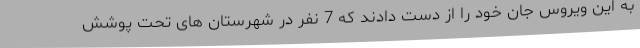
به این ویروس جان خود را از دست دادند که 7 نفر در شهرستان های تحت پوشش